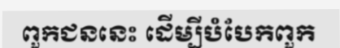
ពួកជននេះ ដើម្បីបំបែកពួក